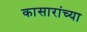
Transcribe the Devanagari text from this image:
कासारांच्या